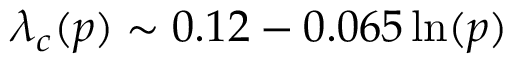
\lambda _ { c } ( p ) \sim 0 . 1 2 - 0 . 0 6 5 \ln ( p )